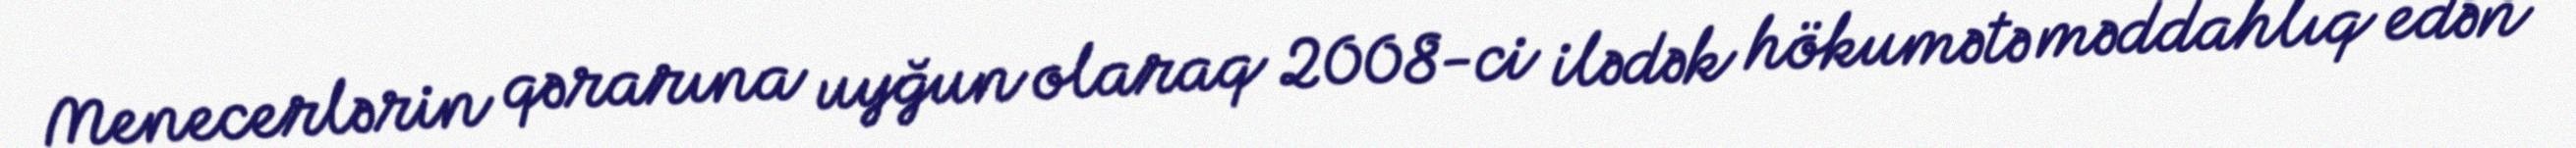
Menecerlərin qərarına uyğun olaraq 2008-ci ilədək hökumətə məddahlıq edən